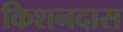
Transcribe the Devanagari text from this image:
किशनदास